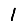
Digit: 1